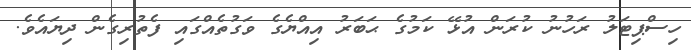
ހިސްޕިޓަލު ރަހުނު ކުރަން އުޅޭ ކަމުގެ ޙަބަރު އިއްޔެގެ ވަގުތެއްގައި ފެތުރިގެން ދިޔައެވެ.